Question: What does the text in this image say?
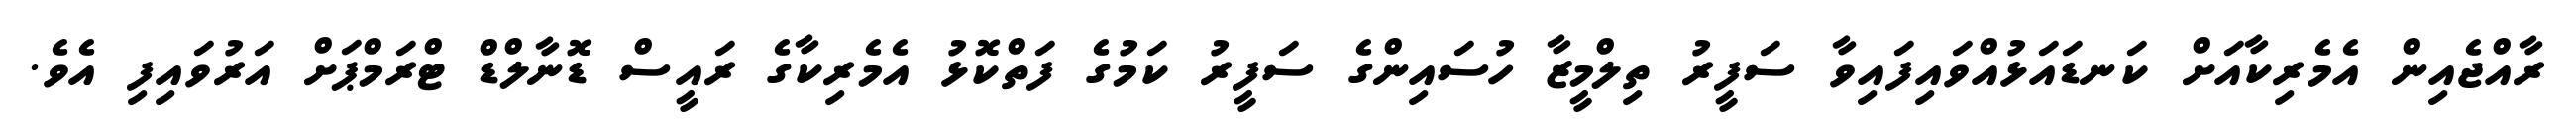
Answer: ރާއްޖެއިން އެމެރިކާއަށް ކަނޑައަޅުއްވައިފައިވާ ސަފީރު ތިލްމީޒާ ހުސައިންގެ ސަފީރު ކަމުގެ ފަތްކޮޅު އެމެރިކާގެ ރައީސް ޑޮނާލްޑް ޓްރަމްޕަށް އަރުވައިފި އެވެ.